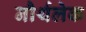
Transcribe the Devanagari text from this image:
नौर्थलेक